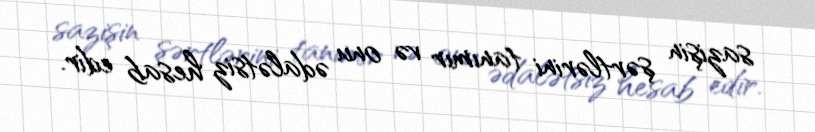
sazişin şərtlərini tanımır və onu ədalətsiz hesab edir.